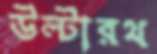
উল্টারথ